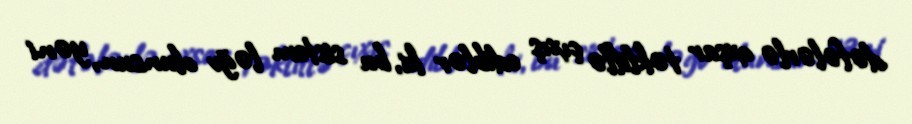
dəfələrlə oxşar təkliflə çıxış ediblər ki, bu sistem ləğv olunsun, yəni